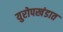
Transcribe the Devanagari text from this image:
युरोपखंडात